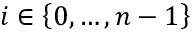
i \in \left\{ 0 , \ldots , n - 1 \right\}